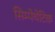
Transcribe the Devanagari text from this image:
सिम्पेथेटिक